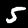
Digit: 5